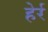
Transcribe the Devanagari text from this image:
हेर्र